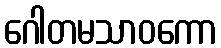
ဂေါတမသာဝကော